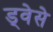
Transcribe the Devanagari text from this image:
ड्वेसे